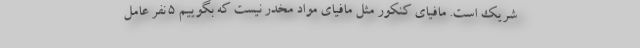
شریک است. مافیای کنکور مثل مافیای مواد مخدر نیست که بگوییم ٥ نفر عامل